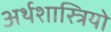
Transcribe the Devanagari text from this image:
अर्थशास्त्रियो